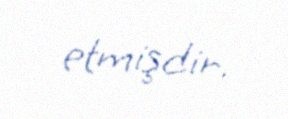
etmişdir.